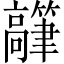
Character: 𬴟